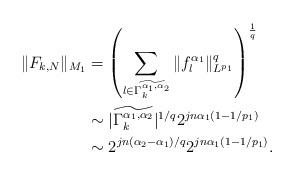
LaTeX: \begin{align*}\|F_{k,N}\|_{M_1} &=\left(\sum_{l\in \widetilde{\Gamma_k^{\alpha_1,\alpha_2}}}\|f_l^{\alpha_1}\|^{q}_{L^{p_1}}\right)^{\frac{1}{q}} \\&\sim |\widetilde{\Gamma_k^{\alpha_1,\alpha_2}}|^{1/q}2^{jn\alpha_1(1-1/p_1)}\\&\sim 2^{jn(\alpha_2-\alpha_1)/q}2^{jn\alpha_1(1-1/p_1)}.\end{align*}